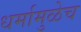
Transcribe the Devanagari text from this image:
धर्मामुळेच